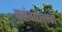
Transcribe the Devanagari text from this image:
पतंगोत्सवों